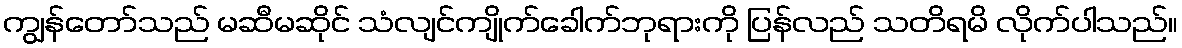
ကျွန်တော်သည် မဆီမဆိုင် သံလျင်ကျိုက်ခေါက်ဘုရားကို ပြန်လည် သတိရမိ လိုက်ပါသည်။